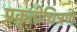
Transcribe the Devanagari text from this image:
प्रकृतीचित्रण